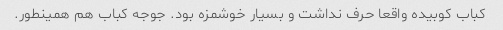
کباب کوبیده واقعا حرف نداشت و بسیار خوشمزه بود. جوجه کباب هم همینطور.